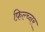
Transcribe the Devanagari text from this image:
फ़िल्च्नर